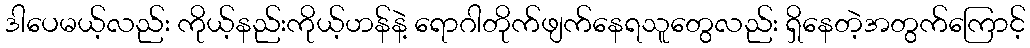
ဒါပေမယ့်လည်း ကိုယ့်နည်းကိုယ့်ဟန်နဲ့ ရောဂါတိုက်ဖျက်နေရသူတွေလည်း ရှိနေတဲ့အတွက်ကြောင့်